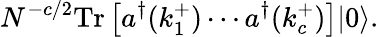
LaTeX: N^{-c/2}\mathrm{Tr}\left[a^{\dagger}(k_{1}^{+})\cdots a^{\dagger}(k_{c}^{+})\right]|0\rangle.